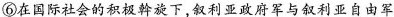
⑥在国际社会的积极斡旋下，叙利亚政府军与叙利亚自由军